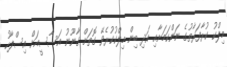
މިލްކު ކުރާފަރާތުގެ ނަންކަމަށާއި އަދި ބިން މިލްކުކުރެވޭ ގޮތަށް ގާނޫނު އަސާސީއަށް އިސްލާހު